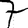
Digit: 7